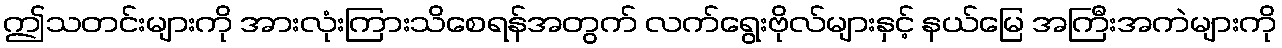
ဤသတင်းများကို အားလုံးကြားသိစေရန်အတွက် လက်ရွေးဗိုလ်များနှင့် နယ်မြေ အကြီးအကဲများကို